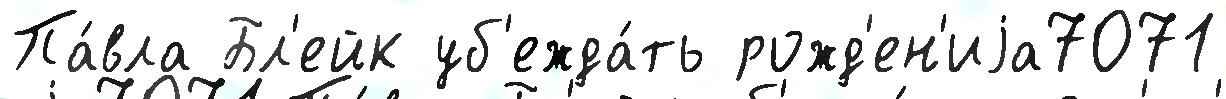
Па́вла Бл'ейк уб'ежда́ть рожд'ен'иjа7071